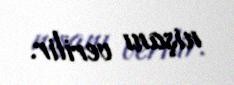
nişanı verilir.